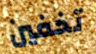
تخفين